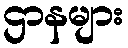
ဌာနများ